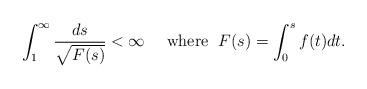
LaTeX: \begin{align*}\int_1^\infty\frac{ds}{\sqrt{F(s)}}<\infty\quad\mbox{ where }\; F(s)=\int_0^s f(t)dt.\end{align*}